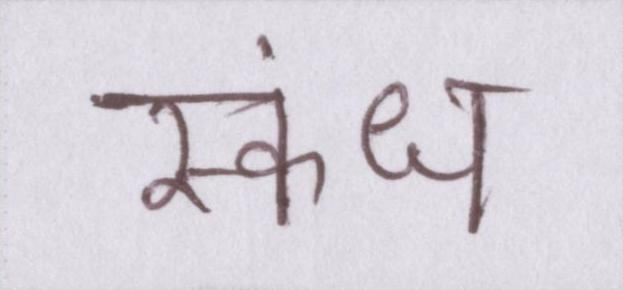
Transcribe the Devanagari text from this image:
स्कंध